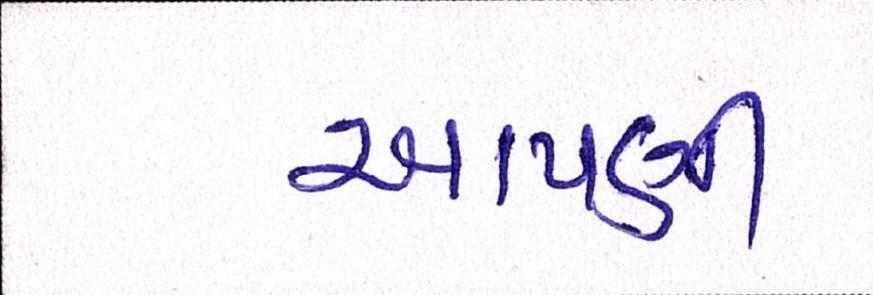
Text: આપણી